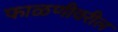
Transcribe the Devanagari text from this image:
फाळणीवरील